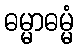
ဓမ္မာဓမ္မံ